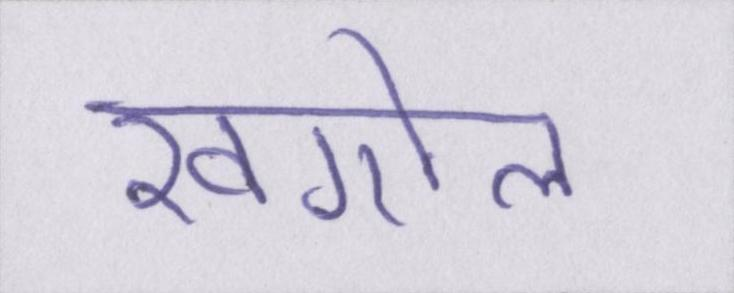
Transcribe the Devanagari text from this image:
खगोल